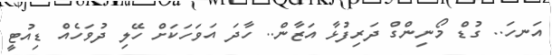
އަނހަ.. ގުޑް މޯނިންގް ދަރިފުޅާ އަޒާން.. ހާދަ އަވަހަކަށް ހޭލި ދުވަހެއް ޑިއުޓީ